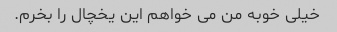
خیلی خوبه من می خواهم این یخچال را بخرم.